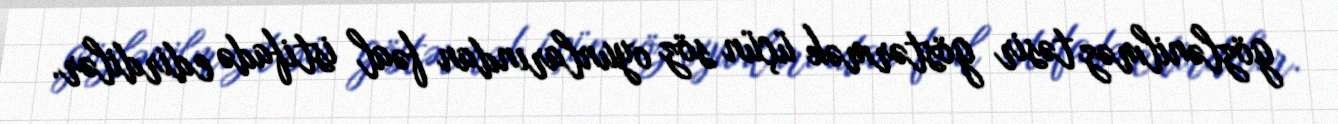
gözlənilməz təsir göstərmək üçün söz oyunlarından fəal istifadə edirdilər.